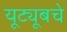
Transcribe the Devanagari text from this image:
यूट्यूबचे